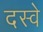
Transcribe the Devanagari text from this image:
दस्वे